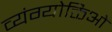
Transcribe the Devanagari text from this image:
व्यंग्योक्तिओं